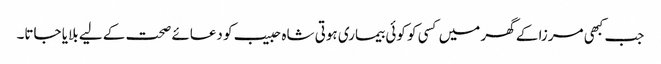
جب کبھی مرزا کے گھر میں کسی کو کوئی بیماری ہوتی شاہ حبیب کو دعائے صحت کے لیے بلایا جاتا۔